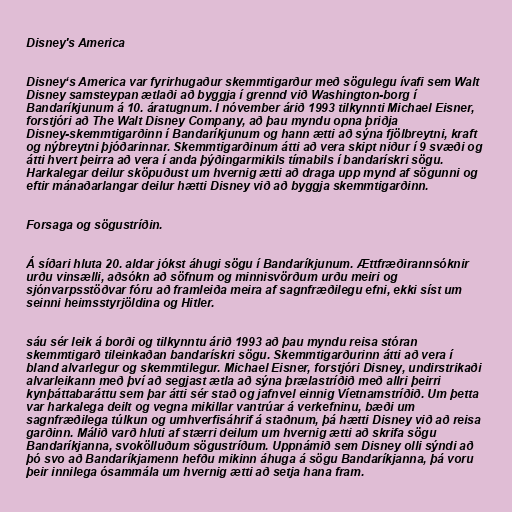
Disney's America

Disney‘s America var fyrirhugaður skemmtigarður með sögulegu ívafi sem Walt
Disney samsteypan ætlaði að byggja í grennd við Washington-borg í
Bandaríkjunum á 10. áratugnum. Í nóvember árið 1993 tilkynnti Michael Eisner,
forstjóri að The Walt Disney Company, að þau myndu opna þriðja
Disney-skemmtigarðinn í Bandaríkjunum og hann ætti að sýna fjölbreytni, kraft
og nýbreytni þjóðarinnar. Skemmtigarðinum átti að vera skipt niður í 9 svæði og
átti hvert þeirra að vera í anda þýðingarmikils tímabils í bandarískri sögu.
Harkalegar deilur sköpuðust um hvernig ætti að draga upp mynd af sögunni og
eftir mánaðarlangar deilur hætti Disney við að byggja skemmtigarðinn.

Forsaga og sögustríðin.

Á síðari hluta 20. aldar jókst áhugi sögu í Bandaríkjunum. Ættfræðirannsóknir
urðu vinsælli, aðsókn að söfnum og minnisvörðum urðu meiri og
sjónvarpsstöðvar fóru að framleiða meira af sagnfræðilegu efni, ekki síst um
seinni heimsstyrjöldina og Hitler.

sáu sér leik á borði og tilkynntu árið 1993 að þau myndu reisa stóran
skemmtigarð tileinkaðan bandarískri sögu. Skemmtigarðurinn átti að vera í
bland alvarlegur og skemmtilegur. Michael Eisner, forstjóri Disney, undirstrikaði
alvarleikann með því að segjast ætla að sýna þrælastríðið með allri þeirri
kynþáttabaráttu sem þar átti sér stað og jafnvel einnig Víetnamstríðið. Um þetta
var harkalega deilt og vegna mikillar vantrúar á verkefninu, bæði um
sagnfræðilega túlkun og umhverfisáhrif á staðnum, þá hætti Disney við að reisa
garðinn. Málið varð hluti af stærri deilum um hvernig ætti að skrifa sögu
Bandaríkjanna, svokölluðum sögustríðum. Uppnámið sem Disney olli sýndi að
þó svo að Bandaríkjamenn hefðu mikinn áhuga á sögu Bandaríkjanna, þá voru
þeir innilega ósammála um hvernig ætti að setja hana fram.